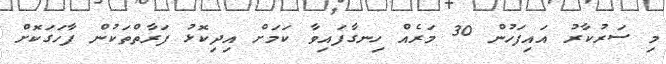
މި ސަރުކާރު އައިފަހުން 30 މަރެއް ހިނގާފައިވާ ކަމަށް އިދިކޮޅު ފަރާތްތަކުން ފާހަގަކޮށް